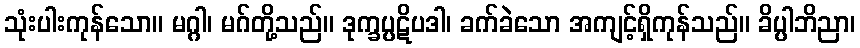
သုံးပါးကုန်သော။ မဂ္ဂါ၊ မဂ်တို့သည်။ ဒုက္ခပ္ပဋိပဒါ၊ ခက်ခဲသော အကျင့်ရှိကုန်သည်။ ခိပ္ပါဘိညာ၊